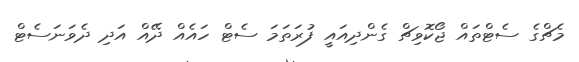
މެޗްގެ ސެޓްތައް ޖޯކޮވިޗް ގެންދިއައީ ފުރަތަމަ ސެޓް ހައެއް ދޭއް އަދި ދެވަނަސެޓް